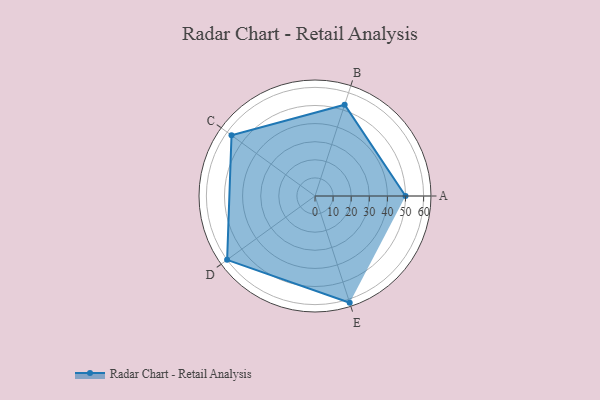
{"axis": {"x": "Skill", "y": "Score"}, "legend": ["Profile"], "data": [{"x": "A", "y": 50.0, "type": "Profile"}, {"x": "B", "y": 53.0, "type": "Profile"}, {"x": "C", "y": 57.0, "type": "Profile"}, {"x": "D", "y": 60.0, "type": "Profile"}, {"x": "E", "y": 62.0, "type": "Profile"}]}